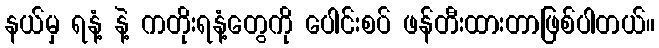
နယ်မှ ရနံ့ နဲ့ ကတိုးရနံ့တွေကို ပေါင်းစပ် ဖန်တီးထားတာဖြစ်ပါတယ်။